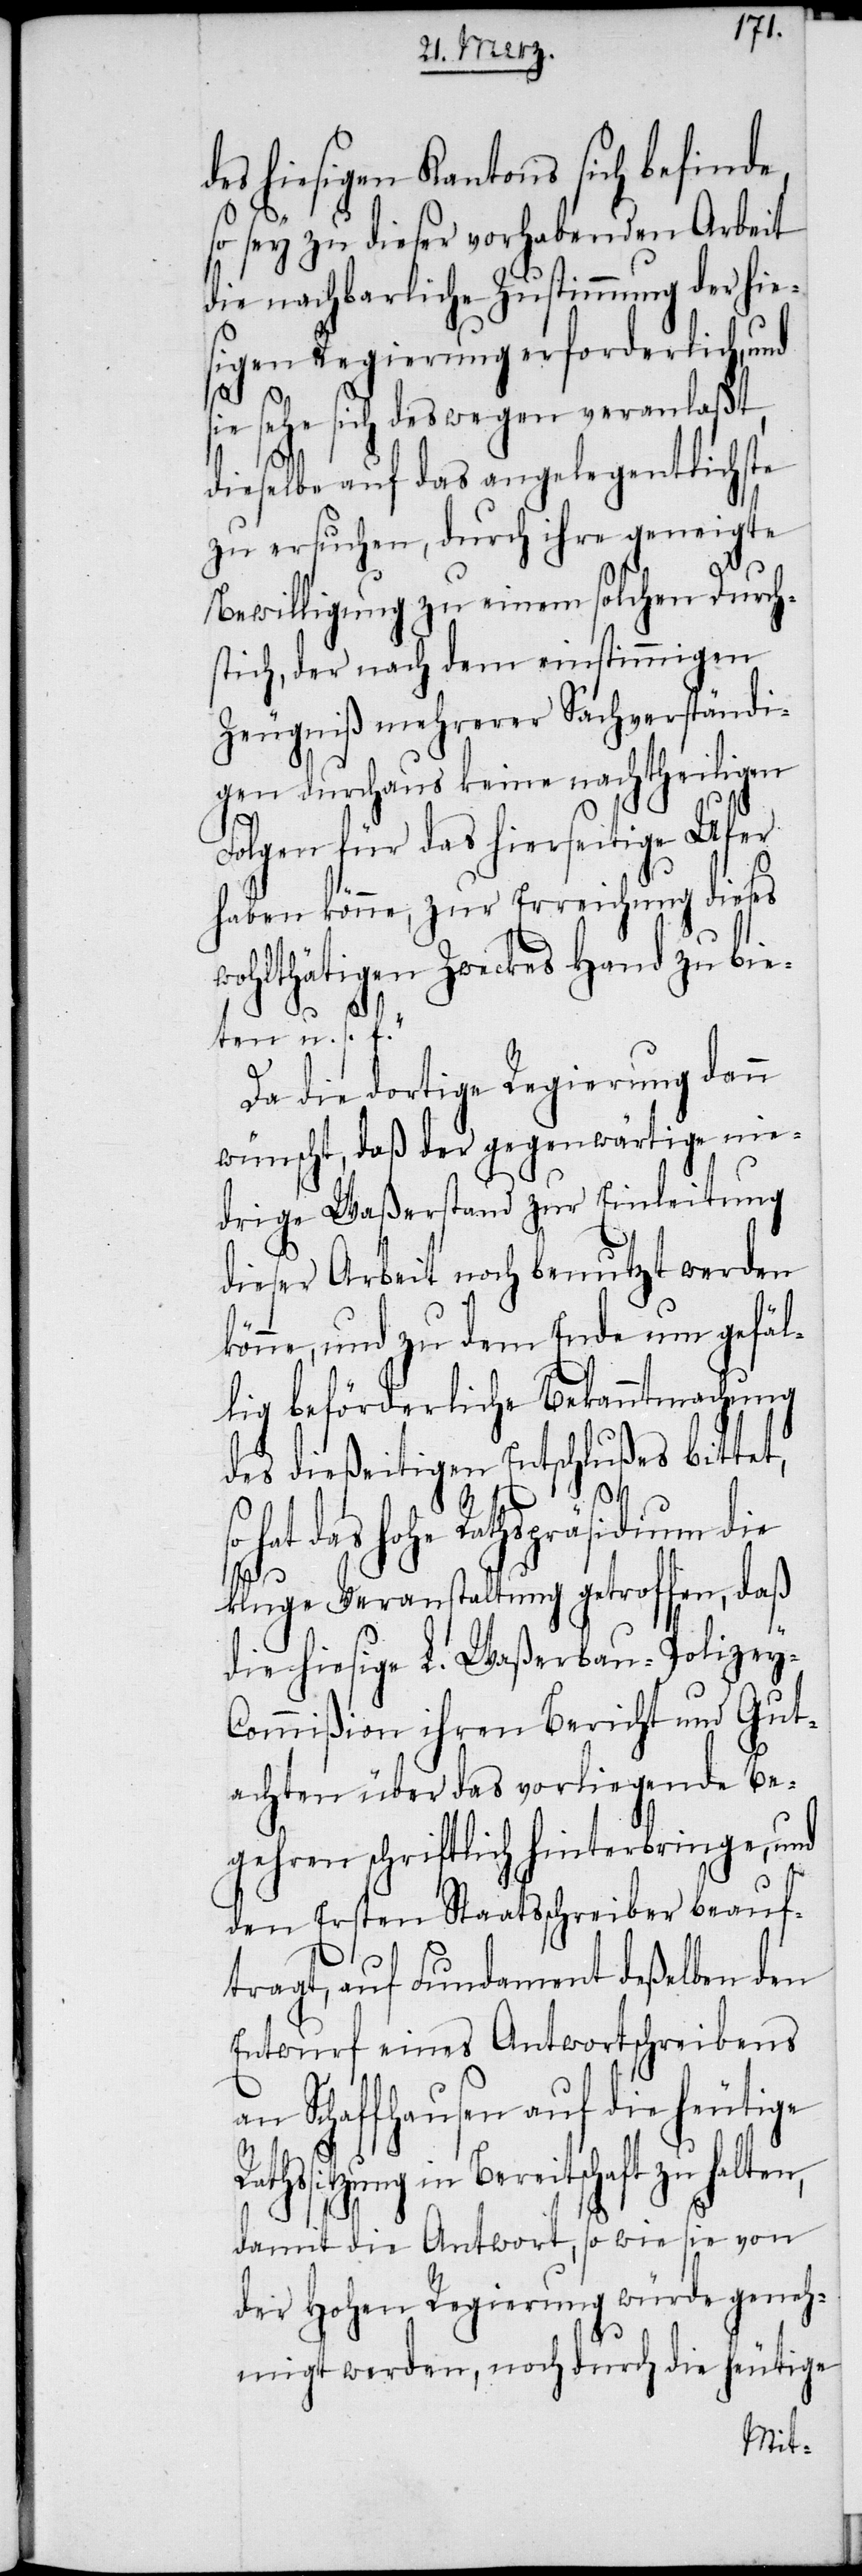
des hiesigen Kantons sich befinde,
so sey zu dieser vorhabenden Arbeit
die nachbarliche Zustimmung der hie¬
sigen Regierung erforderlich, und
sie sehe sich deswegen veranlaßt,
dieselbe auf das angelegentlichste
zu ersuchen, durch ihre geneigte
Bewilligung zu einem solchen Durch¬
stich, der nach dem einstimmigen
Zeugniß mehrerer Sachverständi¬
gen durchaus keine nachtheiligen
Folgen für das hierseitige Ufer
haben könne, zur Erreichung dieses
wohlthätigen Zweckes Hand zu bie¬
ten u. s. f.“
Da die dortige Regierung dann
wünscht, daß der gegenwärtige nie¬
drige Waßerstand zur Einleitung
dieser Arbeit noch benutzt werden
könne, und zu dem Ende um gefäl¬
lig beförderliche Bekanntmachung
des dießeitigen Entschlußes bittet,
Bereitschaft zu halten,
kluge Veranstaltung getroffen, daß
die hiesige L. Waßerbau-Polizey-C¬
ommißion ihren Bericht und Gut¬
achten über das vorliegende Be¬
gehren schriftlich hinterbringe, und
den Ersten Staatsschreiber beauf¬
tragt, auf Fundament deßelben den
Entwurf eines Antwortschreibens
Schaffhausen auf die heutige
damit die Antwort, so wie sie von
der Hohen Regierung würde geneh¬
migt werden, noch durch die heutige